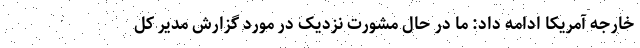
خارجه آمریکا ادامه داد: ما در حال مشورت نزدیک در مورد گزارش مدیر کل